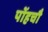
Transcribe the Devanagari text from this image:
पोंहचौ